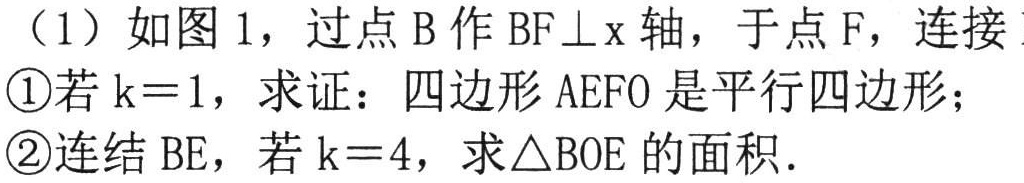
（1）如图1，过点B作BF⊥x轴，于点F，连接
\textcircled{1}若k = 1，求证：四边形AEFO是平行四边形；
\textcircled{2}连结BE，若k = 4，求△BOE的面积．